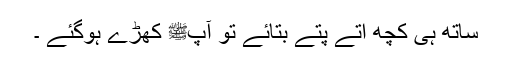
ساتھ ہی کچھ اتے پتے بتائے تو آپﷺ کھڑے ہوگئے ۔